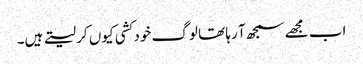
اب مجھے سمجھ آ رہا تھا لوگ خود کشی کیوں کر لیتے ہیں۔